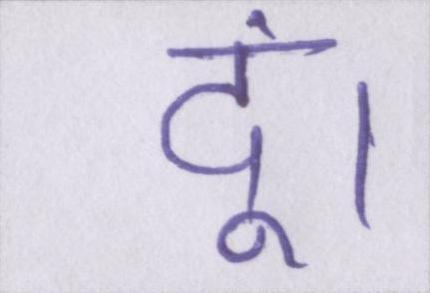
दूं।